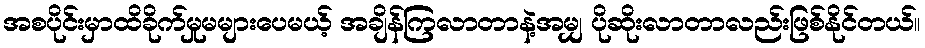
အစပိုင်းမှာထိခိုက်မှုမများပေမယ့် အချိန်ကြလာတာနဲ့အမျှ ပိုဆိုးလာတာလည်းဖြစ်နိုင်တယ်။